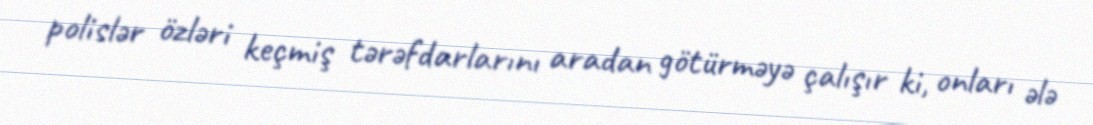
polislər özləri keçmiş tərəfdarlarını aradan götürməyə çalışır ki, onları ələ